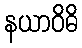
နယာဝိဓိ